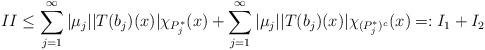
LaTeX: \begin{align*}\uppercase\expandafter{\romannumeral2}\leq\sum\limits_{j=1}^{\infty}\vert \mu_{j}\vert\vert T(b_{j})(x)\vert\chi_{P_{j}^{*}}(x)+\sum\limits_{j=1}^{\infty}\vert\mu_{j}\vert\vert T(b_{j})(x)\vert\chi_{(P_{j}^{*})^{c}}(x)=:\uppercase\expandafter{\romannumeral1}_{1}+\uppercase\expandafter{\romannumeral1}_{2}\end{align*}